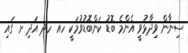
ސިނާން ވިދާޅުވީ އެންމެ ބޮޑު ކަންބޮޑުވުމަކީ ހއ ހދ އަދި ށ ގައި